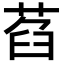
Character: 萏